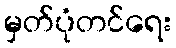
မှတ်ပုံတင်ရေး